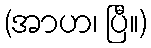
(အာဟ၊ ပြီ။)